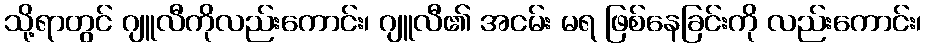
သို့ရာတွင် ဂျူလီကိုလည်းကောင်း၊ ဂျူလီ၏ အငမ်း မရ ဖြစ်နေခြင်းကို လည်းကောင်း၊